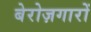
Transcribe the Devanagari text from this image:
बेरोज़गारों